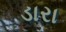
ડારા